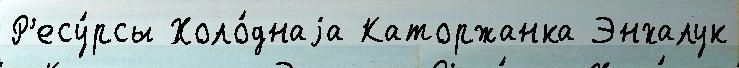
Р'есу́рсы Холо́днаjа Каторжанка Энхалук